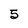
Character: 5